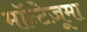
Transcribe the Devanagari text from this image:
मॉन्टेज़ूमा